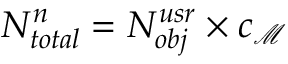
N _ { t o t a l } ^ { n } = N _ { o b j } ^ { u s r } \times c _ { \mathcal { M } }